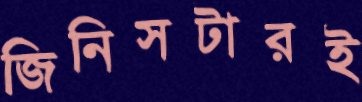
জিনিসটারই